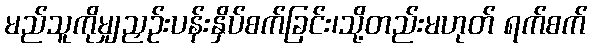
မည်သူကိုမျှညှဉ်းပန်းနှိပ်စက်ခြင်း၊သို့တည်းမဟုတ် ရက်စက်